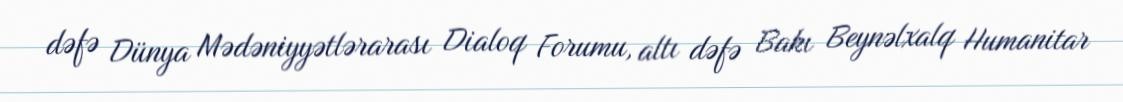
dəfə Dünya Mədəniyyətlərarası Dialoq Forumu, altı dəfə Bakı Beynəlxalq Humanitar